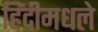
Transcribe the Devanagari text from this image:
हिंदीमधले